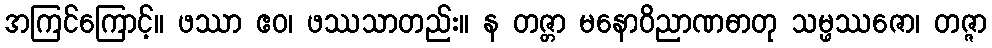
အကြင်ကြောင့်။ ဖဿာ ဧဝ၊ ဖဿသာတည်း။ န တဇ္တာ မနောဝိညာဏဓာတု သမ္ဖဿဇော၊ တဇ္ဇာ